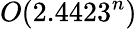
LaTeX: O(2.4423^{n})